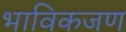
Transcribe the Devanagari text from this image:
भाविकजण